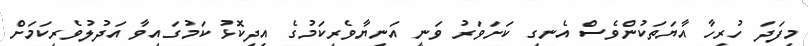
މިފަދަ ހުރިހާ އާޔަތަކުންވެސް އެނގި ކަށަވަރު ވަނީ އަނިޔާވެރިކަމުގެ އިދިކޮޅު ކަމުގައިވާ އަދުލުވެރިކަމަށް